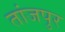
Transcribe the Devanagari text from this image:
तांजपुर